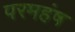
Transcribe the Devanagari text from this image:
परमहंष